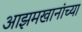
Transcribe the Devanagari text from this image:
आझमखानांच्या